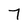
Character: 7